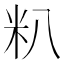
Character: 𬖍